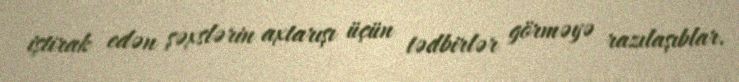
iştirak edən şəxslərin axtarışı üçün tədbirlər görməyə razılaşıblar.